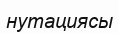
нутациясы